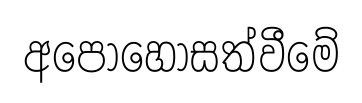
අපොහොසත්වීමේ